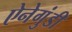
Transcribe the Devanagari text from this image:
ऐनेगुंडी